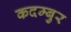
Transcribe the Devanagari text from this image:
कदम्बुर